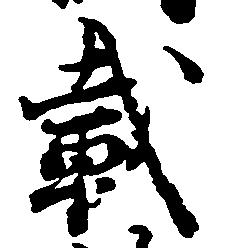
載